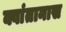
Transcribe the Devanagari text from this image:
क्वांतानास